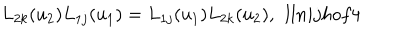
LaTeX: L _ { 2 k } ( u _ { 2 } ) L _ { 1 j } ( u _ { 1 } ) = L _ { 1 j } ( u _ { 1 } ) L _ { 2 k } ( u _ { 2 } ) , \ \, l l { n i j h o f 4 }